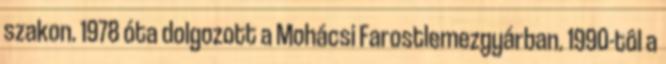
szakon. 1978 óta dolgozott a Mohácsi Farostlemezgyárban. 1990-tôl a